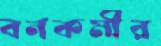
বনকর্মীর